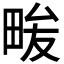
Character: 𭻒